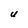
Character: U